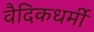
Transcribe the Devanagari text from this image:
वैदिकधर्मी